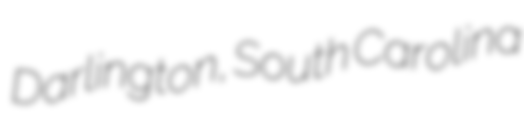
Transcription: Darlington, South Carolina